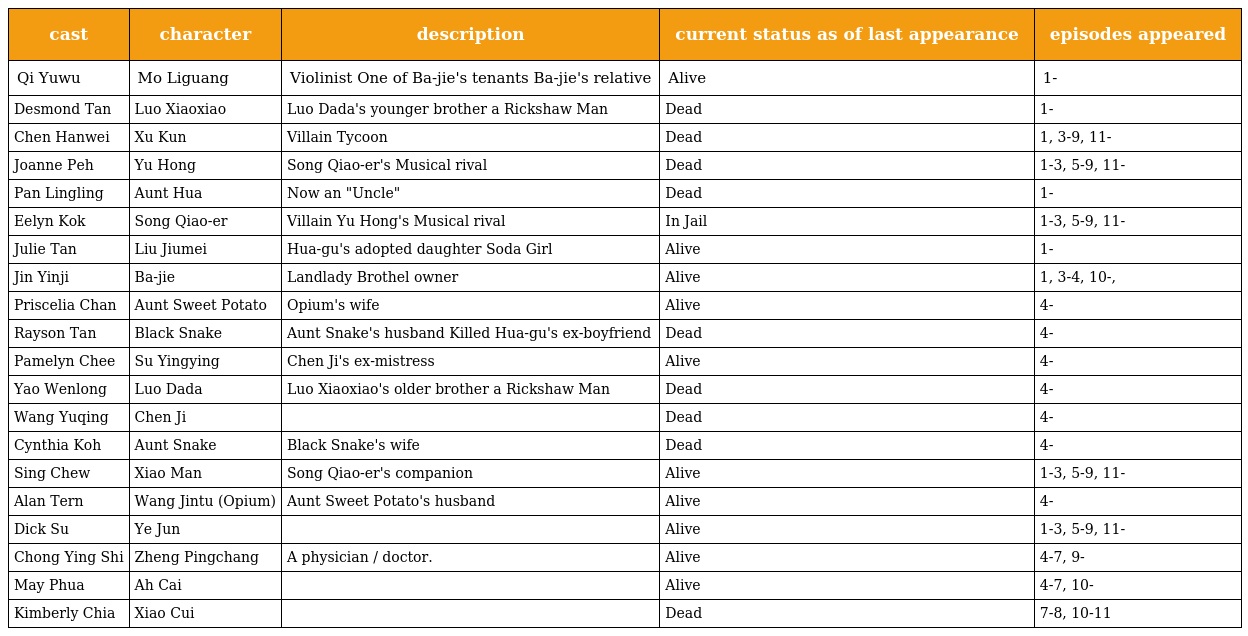
| cast | character | description | current status as of last appearance | episodes appeared |
 | --- | --- | --- | --- | --- |
 | Qi Yuwu | Mo Liguang | Violinist One of Ba-jie's tenants Ba-jie's relative | Alive | 1- |
 | Desmond Tan | Luo Xiaoxiao | Luo Dada's younger brother a Rickshaw Man | Dead | 1- |
 | Chen Hanwei | Xu Kun | Villain Tycoon | Dead | 1, 3-9, 11- |
 | Joanne Peh | Yu Hong | Song Qiao-er's Musical rival | Dead | 1-3, 5-9, 11- |
 | Pan Lingling | Aunt Hua | Now an "Uncle" | Dead | 1- |
 | Eelyn Kok | Song Qiao-er | Villain Yu Hong's Musical rival | In Jail | 1-3, 5-9, 11- |
 | Julie Tan | Liu Jiumei | Hua-gu's adopted daughter Soda Girl | Alive | 1- |
 | Jin Yinji | Ba-jie | Landlady Brothel owner | Alive | 1, 3-4, 10-, |
 | Priscelia Chan | Aunt Sweet Potato | Opium's wife | Alive | 4- |
 | Rayson Tan | Black Snake | Aunt Snake's husband Killed Hua-gu's ex-boyfriend | Dead | 4- |
 | Pamelyn Chee | Su Yingying | Chen Ji's ex-mistress | Alive | 4- |
 | Yao Wenlong | Luo Dada | Luo Xiaoxiao's older brother a Rickshaw Man | Dead | 4- |
 | Wang Yuqing | Chen Ji |  | Dead | 4- |
 | Cynthia Koh | Aunt Snake | Black Snake's wife | Dead | 4- |
 | Sing Chew | Xiao Man | Song Qiao-er's companion | Alive | 1-3, 5-9, 11- |
 | Alan Tern | Wang Jintu (Opium) | Aunt Sweet Potato's husband | Alive | 4- |
 | Dick Su | Ye Jun |  | Alive | 1-3, 5-9, 11- |
 | Chong Ying Shi | Zheng Pingchang | A physician / doctor. | Alive | 4-7, 9- |
 | May Phua | Ah Cai |  | Alive | 4-7, 10- |
 | Kimberly Chia | Xiao Cui |  | Dead | 7-8, 10-11 |